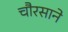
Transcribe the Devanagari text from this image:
चौरसाने